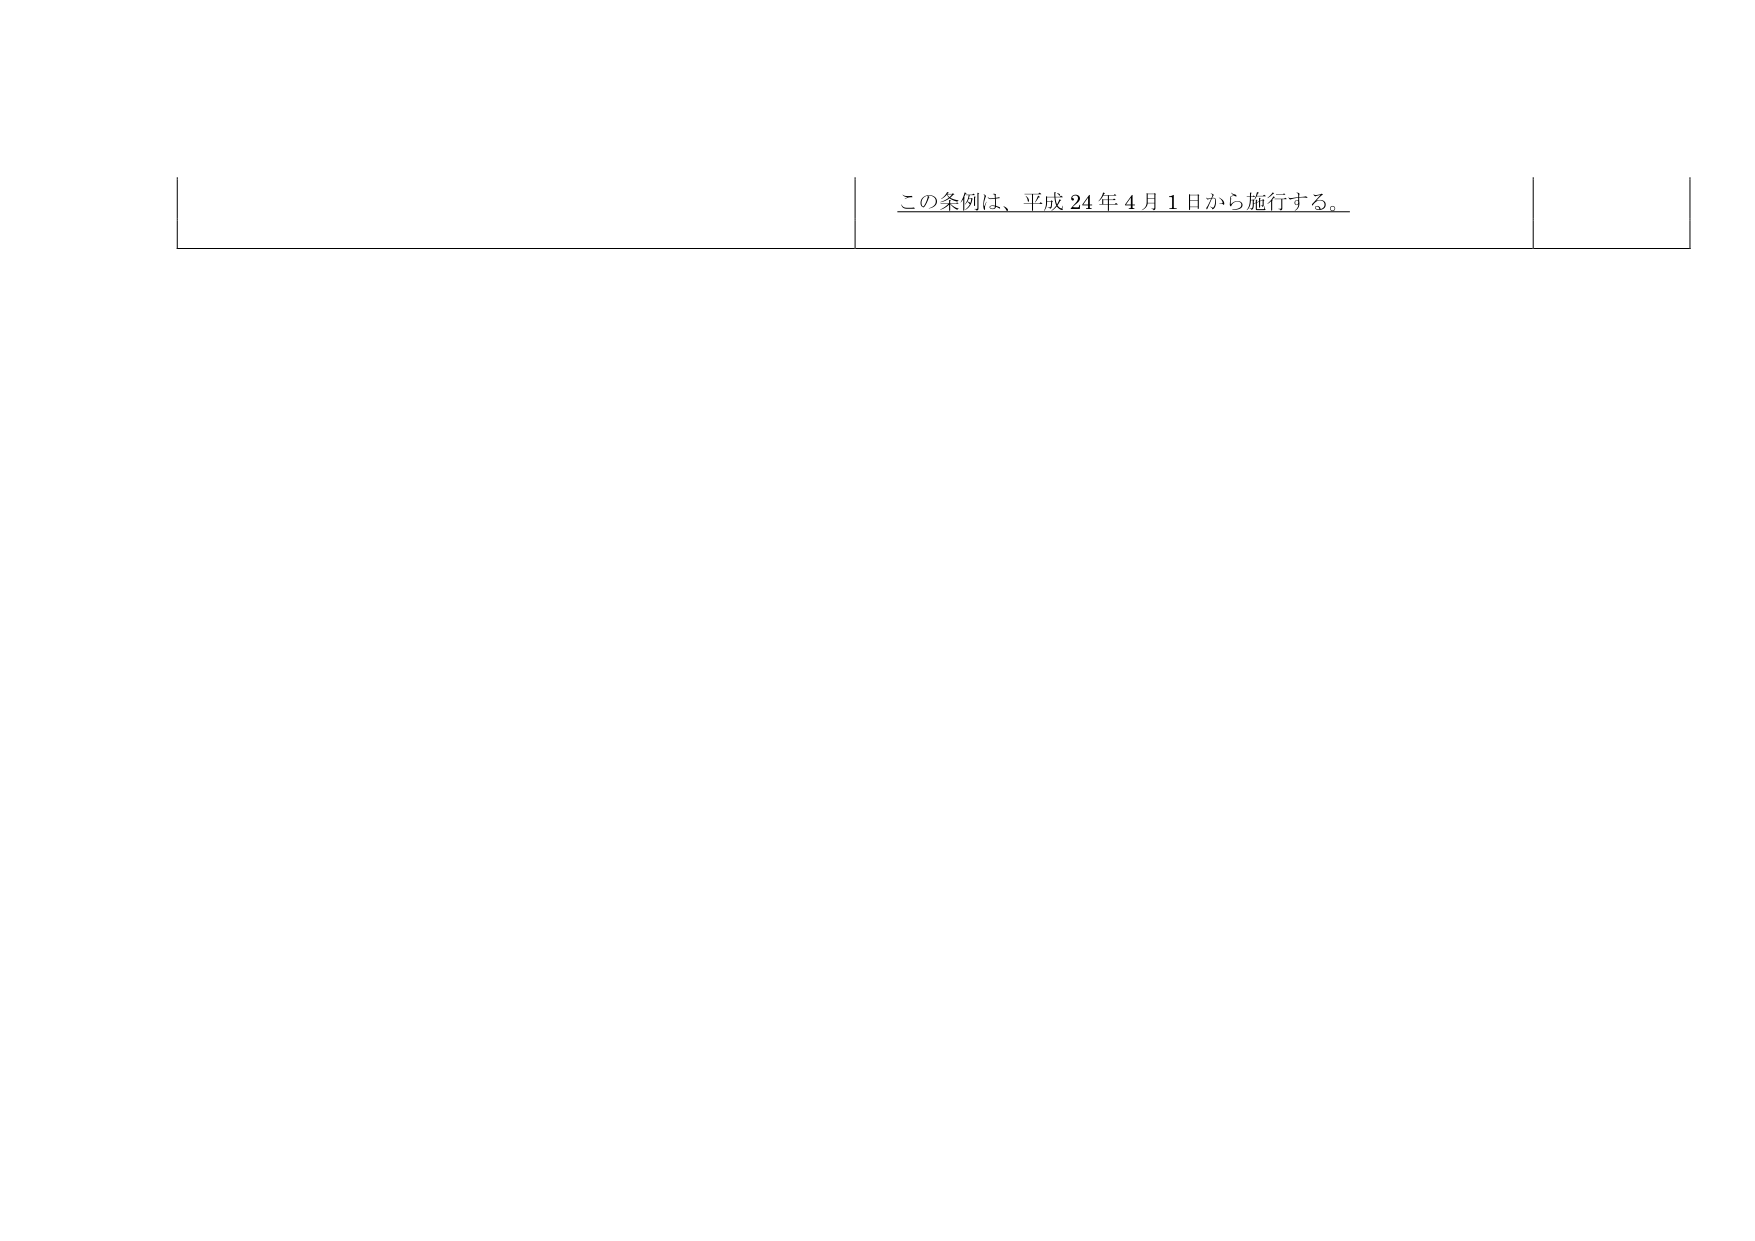
この条例は、平成24年4月1日から施行する。